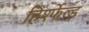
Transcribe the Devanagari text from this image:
हिर्श्फेल्ड